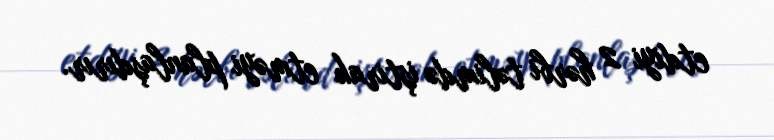
etdiyi 2 hərbi təlimdə iştirak etməyi planlaşdırır.